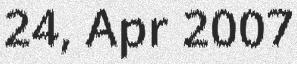
24, Apr 2007